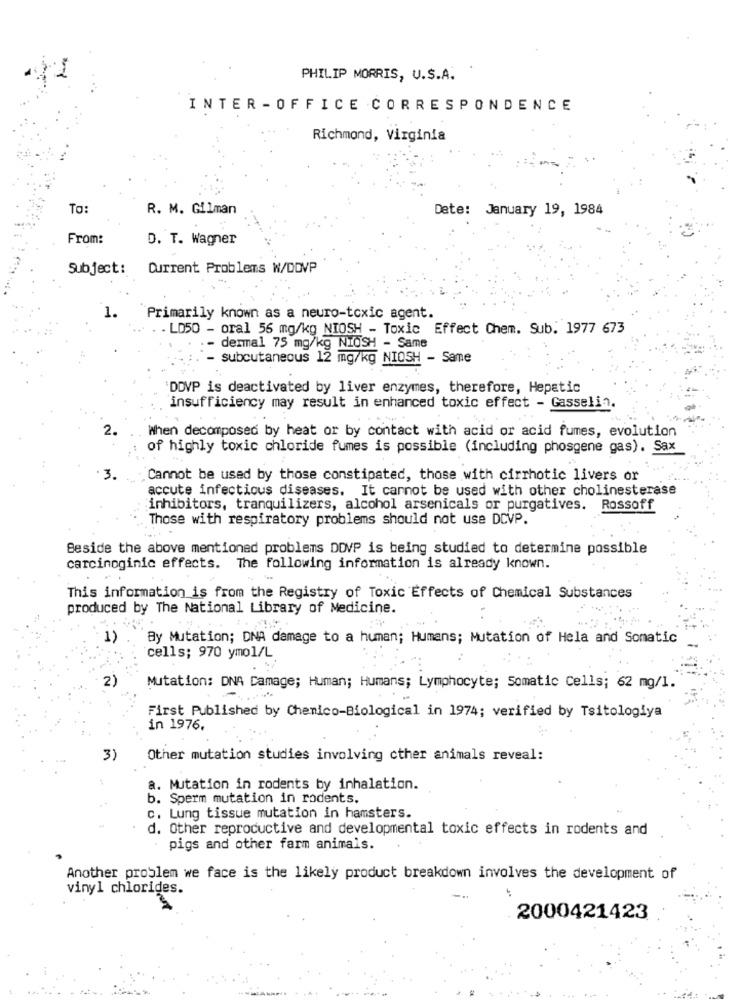
PHILIP MORRIS, U.S.A.
INTER - OFFICE CORRESPONDENCE
Richmond, Virginia
To:
R. M. Gilman
Date: January 19, 1984
From:
D. T. Wagner
Subject :
Current Problems W/DDVP
1.
Primarily known as a neuro-toxic agent.
. . LO50 - oral 56 mg/kg NIOSH - Toxic Effect Chem. Sub. 1977 673
- dermal 75 mg/kg NIOSH - Same
subcutaneous 12 mg/kg NIOSH - Same
DDVP is deactivated by liver enzymes, therefore, Hepatic
insufficiency may result in enhanced toxic effect - Gasselin.
When decomposed by heat or by contact with acid or acid fumes, evolution
of highly toxic chloride fumes is possible (including phosgene gas). Sax
Cannot be used by those constipated, those with cirrhotic livers or
accute infectious diseases. It cannot be used with other cholinesterase
inhibitors, tranquilizers, alcohol arsenicals or purgatives. Rossoff
Those with respiratory problems should not use DCVP.
Beside the above mentioned problems DDVP is being studied to determine possible
carcinoginic effects. The following information is already known.
This information is from the Registry of Toxic Effects of Chemical Substances
produced by The National Library of Medicine.
1)
By Mutation; DNA damage to a human; Humans; Mutation of Hela and Somatic
cells; 970 ymol/L
2)
Mutation: DNA Damage; Human; Humans; Lymphocyte; Somatic Cells; 62 mg/1.
First Published by Chemico-Biological in 1974; verified by Tsitologiya
in 1976.
3)
Other mutation studies involving cther animals reveal:
a. Mutation in rodents by inhalation.
b. Sperm mutation in rodents.
c. Lung tissue mutation in hamsters.
d. Other reproductive and developmental toxic effects in rodents and
pigs and other farm animals.
Another problem we face is the likely product breakdown involves the development of
vinyl chlorides.
2000421423